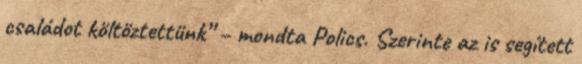
családot költöztettünk” – mondta Polics. Szerinte az is segített